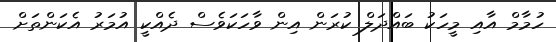
ހުމާމް އާއި މީހަކު ބައްދަލް ކުރަން އިން ވާހަކަވެސް ދެއްކީ އުމަރު އެކަންތަށް